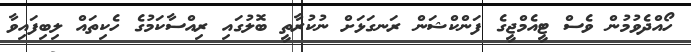
ހޯއްދެވުމުން ވެސް ޓީއެމްޖީގެ ފަންކްޝަން ރަނގަޅަށް ނުކުރާތީ ބޮލުގައި ރިއްސާކަމުގެ ހެކިތައް ލިބިފައިވާ